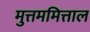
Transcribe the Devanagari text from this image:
मुत्तममित्ताल